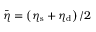
\bar { \eta } = \left( \eta _ { \mathrm { s } } + \eta _ { \mathrm { d } } \right) / 2